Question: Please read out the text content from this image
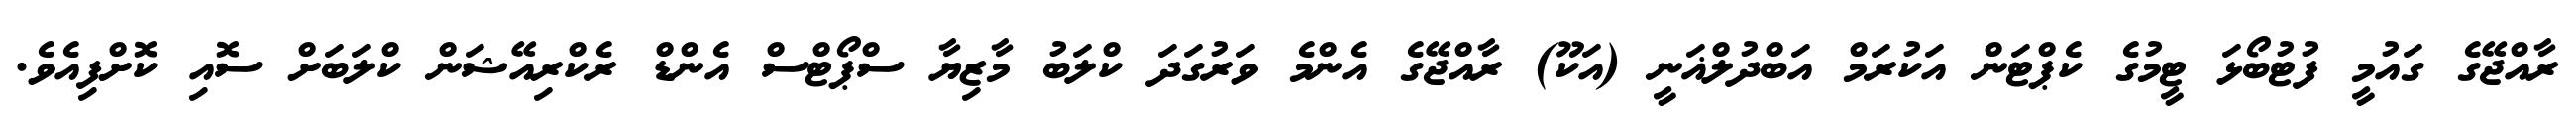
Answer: ރާއްޖޭގެ ގައުމީ ފުޓުބޯޅަ ޓީމުގެ ކެޕްޓަން އަކުރަމް އަބްދުލްޣަނީ (އަކޫ) ރާއްޖޭގެ އެންމެ ވަރުގަދަ ކްލަބު މާޒިޔާ ސްޕޯޓްސް އެންޑް ރެކްރިއޭޝަން ކްލަބަށް ސޮއި ކޮށްފިއެވެ.